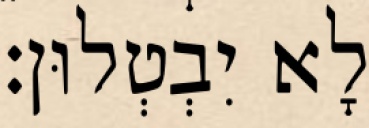
לָא יִבְטְלוּן׃